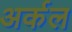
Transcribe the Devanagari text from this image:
अर्कल